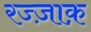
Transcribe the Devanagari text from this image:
रज्ज़ाक़